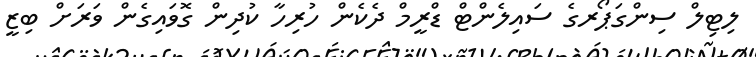
ލިޓިލް ސިންގަޕޯރގެ ސައިލެންޓް ޑްރީމް ދެކެން ހުރިހާ ކުދިން ގޮވައިގެން ވަރަށް ބިޒީ